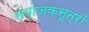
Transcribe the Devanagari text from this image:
संयोजकसूत्रों